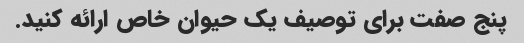
پنج صفت برای توصیف یک حیوان خاص ارائه کنید.